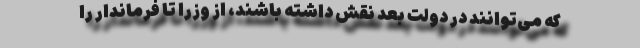
که می‌توانند در دولت بعد نقش داشته باشند، از وزرا تا فرماندار را